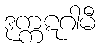
ဒုက္ကဋဂါမီ